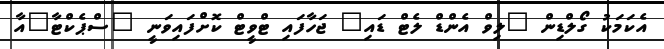
އެކަމަކު ގޯލްޑިން "ލިވް އެންޑް ލެޓް ޑައި" ޖަހާފައި ޓްވީޓް ކޮށްފައިވަނީ "ސްޕެކްޓާ"އާ